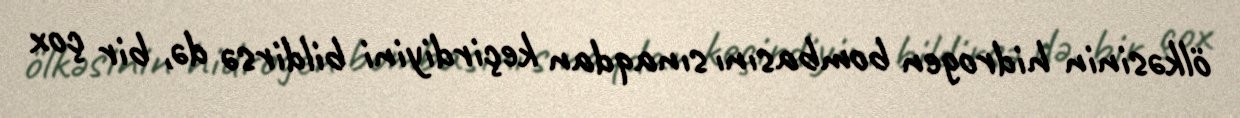
ölkəsinin hidrogen bombasını sınaqdan keçirdiyini bildirsə də, bir çox